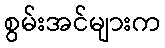
စွမ်းအင်များက